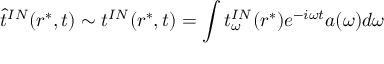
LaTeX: \widehat t ^ { I N } ( r ^ { * } , t ) \sim t ^ { I N } ( r ^ { * } , t ) = \int t _ { \omega } ^ { I N } ( r ^ { * } ) e ^ { - i \omega t } a ( \omega ) d \omega